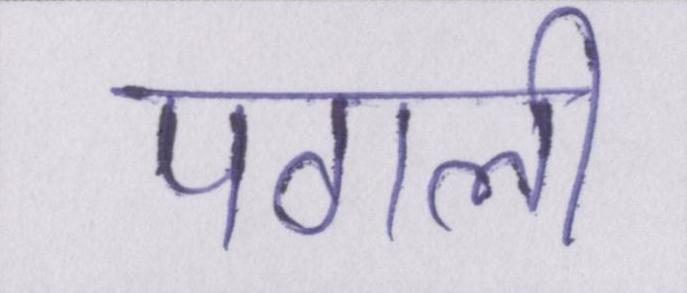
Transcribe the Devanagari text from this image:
पगली